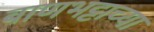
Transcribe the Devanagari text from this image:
बाणभट्टाच्या